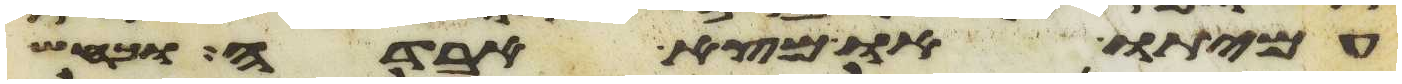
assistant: עמיתו או מצא אבדה וכחש